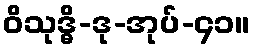
ဝိသုဒ္ဓိ-ဒု-အုပ်-၄၁။